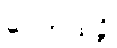
ပေကထဉှိ